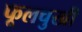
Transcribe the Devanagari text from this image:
फूलचुखी